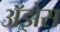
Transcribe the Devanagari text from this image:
अॅझेस